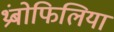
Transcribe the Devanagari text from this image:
थ्रंबोफिलिया